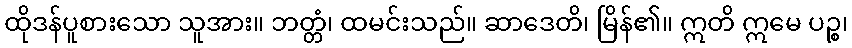
ထိုဒန်ပူစားသော သူအား။ ဘတ္တံ၊ ထမင်းသည်။ ဆာဒေတိ၊ မြိန်၏။ ဣတိ ဣမေ ပဉ္စ၊